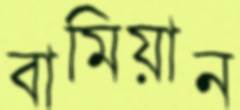
বামিয়ান